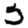
Digit: 5